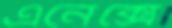
এনেক্সে